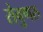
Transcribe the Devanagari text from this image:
सेवुणरु